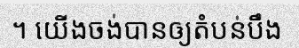
។ យើងចង់បានឲ្យតំបន់បឹង